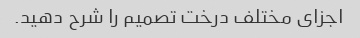
اجزای مختلف درخت تصمیم را شرح دهید.